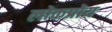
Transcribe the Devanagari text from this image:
लोकप्रोय